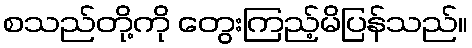
စသည်တို့ကို တွေးကြည့်မိပြန်သည်။